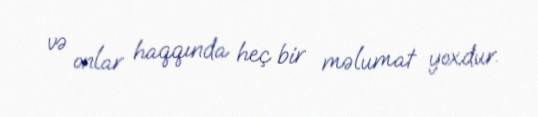
və onlar haqqında heç bir məlumat yoxdur.